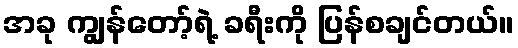
အခု ကျွန်တော့်ရဲ့ ခရီးကို ပြန်စချင်တယ်။